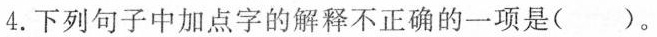
4.下列句子中加点字的解释不正确的一项是（）。